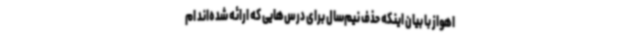
اهواز با بیان اینکه حذف نیم‌سال برای درس‌هایی که ارائه شده‌اند ام